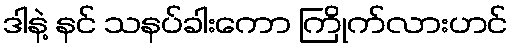
ဒါနဲ့ နင် သနပ်ခါးကော ကြိုက်လားဟင်